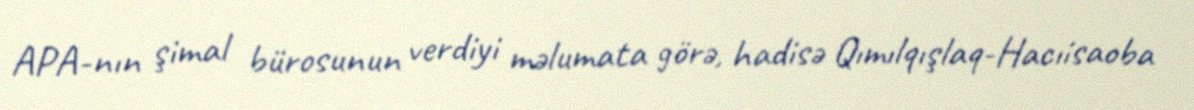
APA-nın şimal bürosunun verdiyi məlumata görə, hadisə Qımılqışlaq-Hacıisaoba